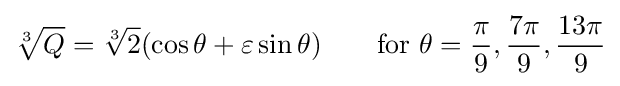
{\sqrt[{3}]{Q}}={\sqrt[{3}]{2}}(\cos \theta +\varepsilon \sin \theta )\qquad {\mbox{for }}\theta ={\frac {\pi }{9}},{\frac {7\pi }{9}},{\frac {13\pi }{9}}